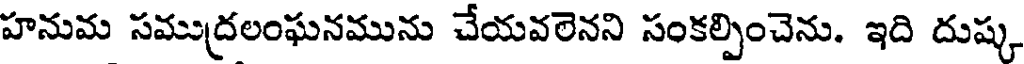
హనుమ సముద్రలంఘనమును చేయవలెనని సంకల్పించెను. ఇది దుష్క